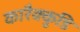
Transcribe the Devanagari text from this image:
कारैक्कुडि